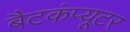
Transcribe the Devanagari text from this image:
बैटकंप्यूटर